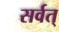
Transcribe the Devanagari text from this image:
सर्वत्